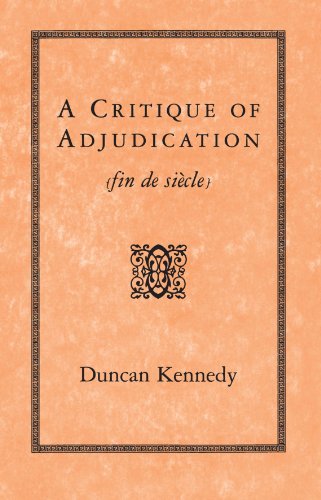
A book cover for A Critique of Adjudication [fin de siÃ¨cle]; Duncan Kennedy; Law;